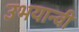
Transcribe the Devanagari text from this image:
उभयान्वी